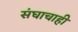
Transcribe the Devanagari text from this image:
संघाचाही